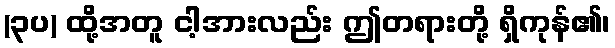
(၃ပ) ထို့အတူ ငါ့အားလည်း ဤတရားတို့ ရှိကုန်၏၊